Account of plague administration in the Bombay Presidency from September 1896 till May 1897
Year: 1896
Disease focus: Plague
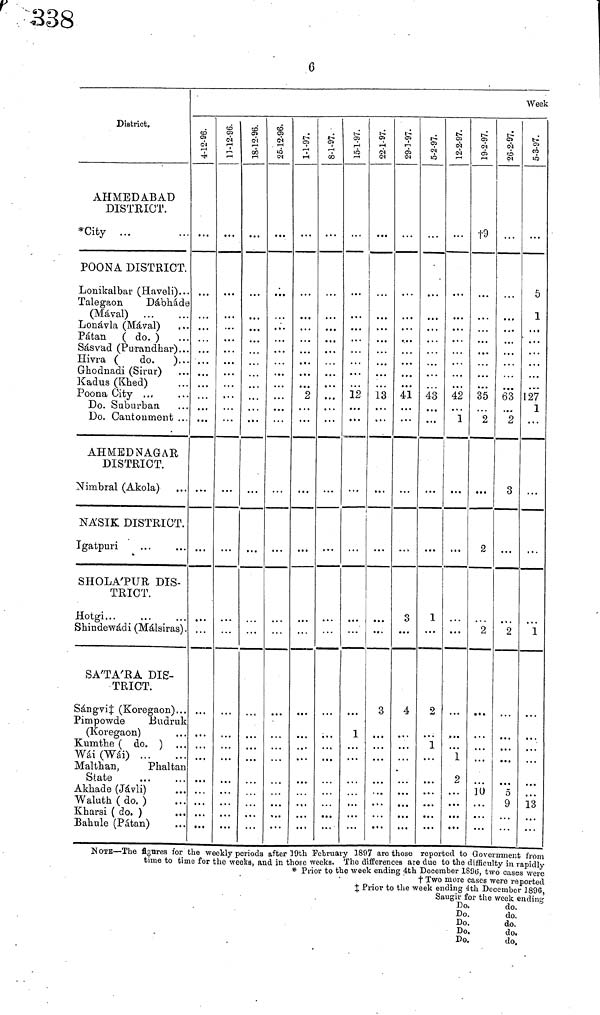
6
District.
AHMEDABAD
DISTRICT.
*City ...
POONA DISTRICT.
Lonikalbar (Haveli).·
Talegaon
Dábháde
(Máyal)
Lonávla (Mával)
Patán ( do. )
Sásvad (PuTandhar)..
Hivra (
do. ). ..
Ghodnadi (Sirur)
Kadus (Khed)
Poona City ...
Do. Suburban.
Do. Cantonment ..
AH MB D NAG A R
DISTRICT.
Nimbral (Akola)
NA'SIK DISTRICT.
Igatpuri
SHOLA'PUR DIS-
TRICT.
Hotgi
Shindewádi (Málsiras) .
SA'TA'RA DIS-
TRICT.
Sangvi‡ (Koregaon)..
Pimpowde
Budruk
(Koregaon)
Kumthe ( do. )
Wái (Wái)
Malthan,
Phaltau
State
Akhade (Jávli)
Waluth(do. )
Kharsi ( do. )
Bahule (Patán)
4-12-96. 11-12-96. 18-12-96. 25-12-96.1-1-97.
2
8-1-97.
15-1-97.
12
1
22-1-97.
13
3
. . .
29-1-97.
41
3
4
5-2-97.
43
1
2
1
12-2-97
42
1
1
2
+9
35
2
2
2
10
26-2-97.
63
2
3
...
2
δ
9
Week
5-3-97.
...
5
1
...
127
1
. . .
...
...
1
. . .
. . .
13
NOTE—The figures for the weekly periods after ]9th February 1897 are those reported to Government from
time to time for the weeks, and in those weeks. The differences are due to the difficulty in rapidly
* Prior to the week ending 4th December 189(5, two cases were
t Two more cases were reported
‡ Prior to the week ending 4th December 1896,
Saugir for the week ending
Do.
Do.
Do.
Do.
Do.
do.
do.
do.
do.
do.